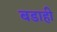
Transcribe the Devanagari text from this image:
बडाही